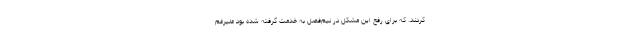
کردند. که برای رفع این مشکل در نیم‌فصل به خدمت گرفته شده بود علیرغم